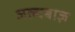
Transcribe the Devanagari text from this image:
जल्दबाज़